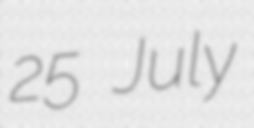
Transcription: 25 July